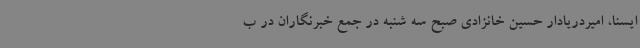
ایسنا، امیردریادار حسین خانزادی صبح سه شنبه در جمع خبرنگاران در ب